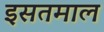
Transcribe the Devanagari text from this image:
इसतमाल